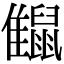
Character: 𪕪